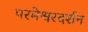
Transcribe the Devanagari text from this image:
परमेश्वरदर्शन